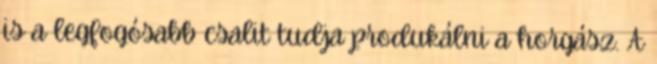
is a legfogósabb csalit tudja produkálni a horgász. A